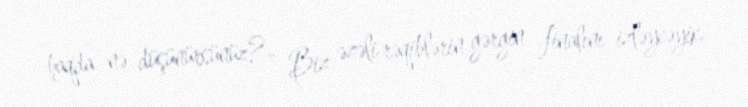
haqda nə düşünürsünüz?- Biz əzəli rəqiblərin gərgin finalını izləycəyik.